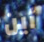
أين